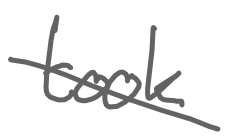
Text: took
Cross-out: cross
Writing tool: digital_gray